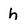
Character: h